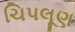
ચિપલૂણ